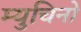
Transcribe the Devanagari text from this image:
म्युचिनो